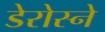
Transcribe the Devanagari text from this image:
डेरोस्ने